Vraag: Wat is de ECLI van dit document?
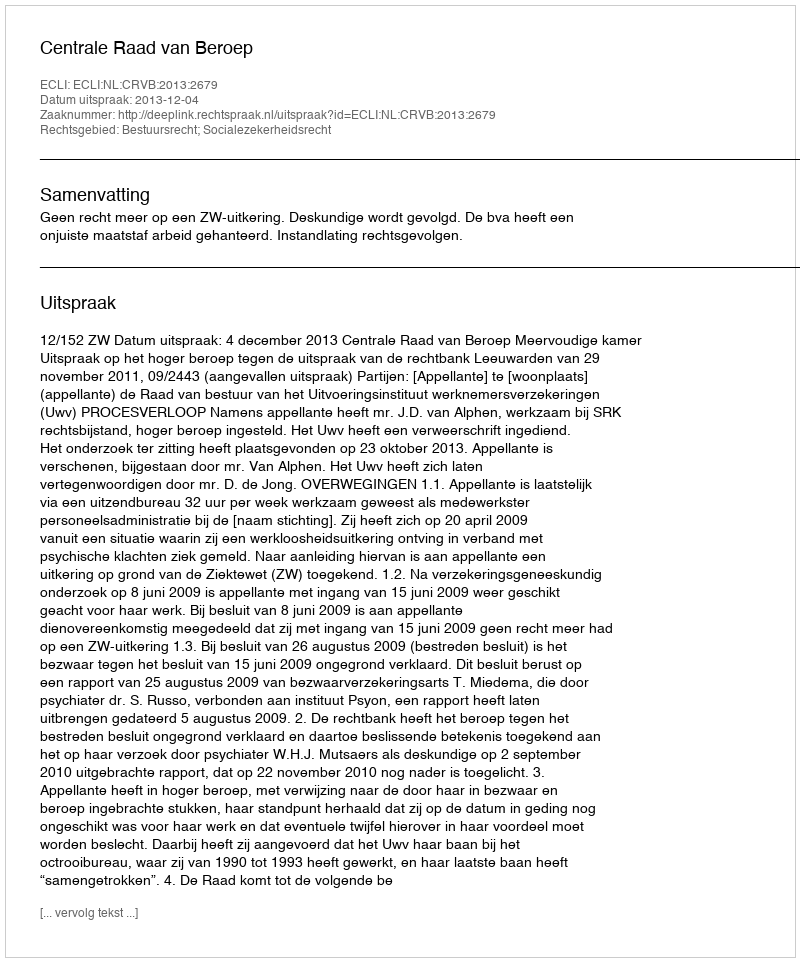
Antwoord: ECLI:NL:CRVB:2013:2679